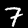
Label: 7